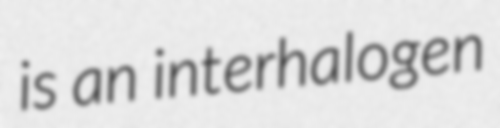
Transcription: is an interhalogen